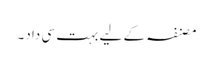
مصنفہ کے لیے بہت سی داد۔